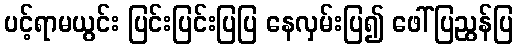
ပင့်ရာမယွင်း ပြင်းပြင်းပြပြ နေလှမ်းပြ၍ ဖေါ်ပြညွန်ပြ